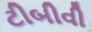
ટીબીવી